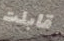
قابلت